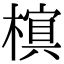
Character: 𬄖